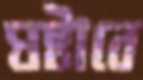
ঘষ্‌টাবে